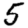
Digit: 5